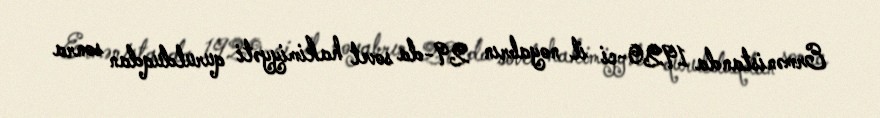
Ermənistanda 1920-ci il noyabrın 29-da sovet hakimiyyəti qurulduqdan sonra